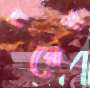
চরের